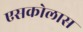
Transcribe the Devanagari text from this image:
एसकोलास